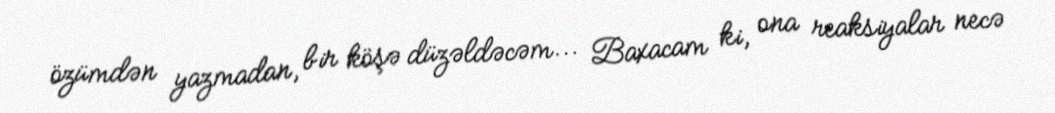
özümdən yazmadan, bir köşə düzəldəcəm... Baxacam ki, ona reaksiyalar necə